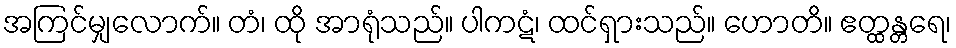
အကြင်မျှလောက်။ တံ၊ ထို အာရုံသည်။ ပါကဋံ၊ ထင်ရှားသည်။ ဟောတိ။ ဧတ္ထန္တရေ၊